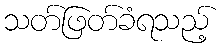
သတ်ဖြတ်ခံရသည့်